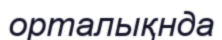
орталықнда